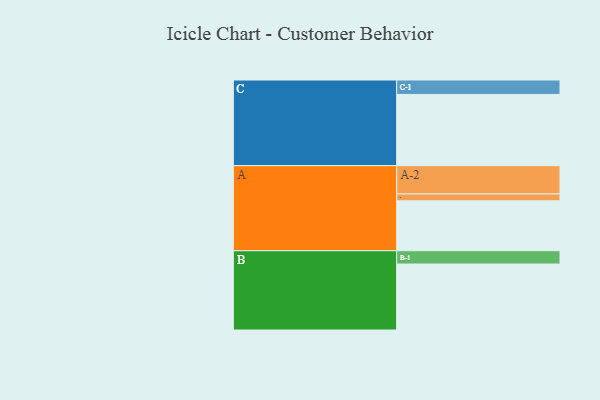
{"axis": {"x": "Segment", "y": "Value"}, "legend": ["", "A", "B", "C"], "data": [{"x": "A", "y": 398, "type": ""}, {"x": "B", "y": 526, "type": ""}, {"x": "C", "y": 568, "type": ""}, {"x": "A-1", "y": 55, "type": "A"}, {"x": "A-2", "y": 225, "type": "A"}, {"x": "B-1", "y": 106, "type": "B"}, {"x": "C-1", "y": 115, "type": "C"}]}